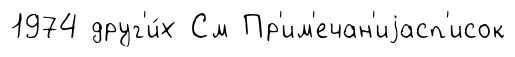
1974 друг'и́х См Пр'им'ечан'иjасп'исок